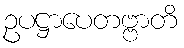
ဥပဋ္ဌာပေတဗ္ဗာတိ